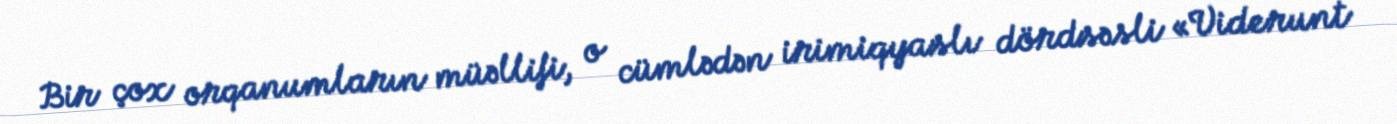
Bir çox orqanumların müəllifi, o cümlədən irimiqyaslı dördsəsli «Viderunt